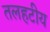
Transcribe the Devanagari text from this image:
तलहटीय